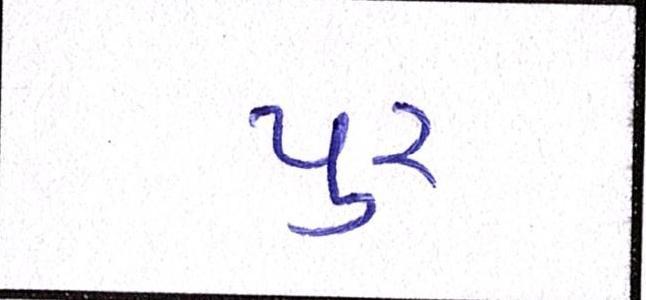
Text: પુર